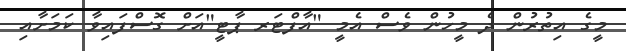
މީގެ އިތުރުން ދެ މީހުން ވެސް އެމީ "އާފްޓަރ ޕާޓީ"އަށް ގޮސްފައިވާ ކަމަށާއި